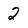
Character: 2